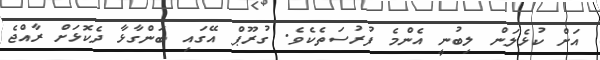
އަށް ކުޅެލަން ލިބުނީ އެންމެ ފުރުސަތެކެވެ. ގުރޫޕް އޭގައި ބަންގާޅާ ދެކޮޅަށް ރާއްޖެ